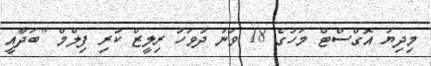
މިދިޔަ އޮގްސްޓް މަހުގެ 18 ވަނަ ދުވަހު ރިލީޒް ކުރި ފިލްމް "ބަދާއީ